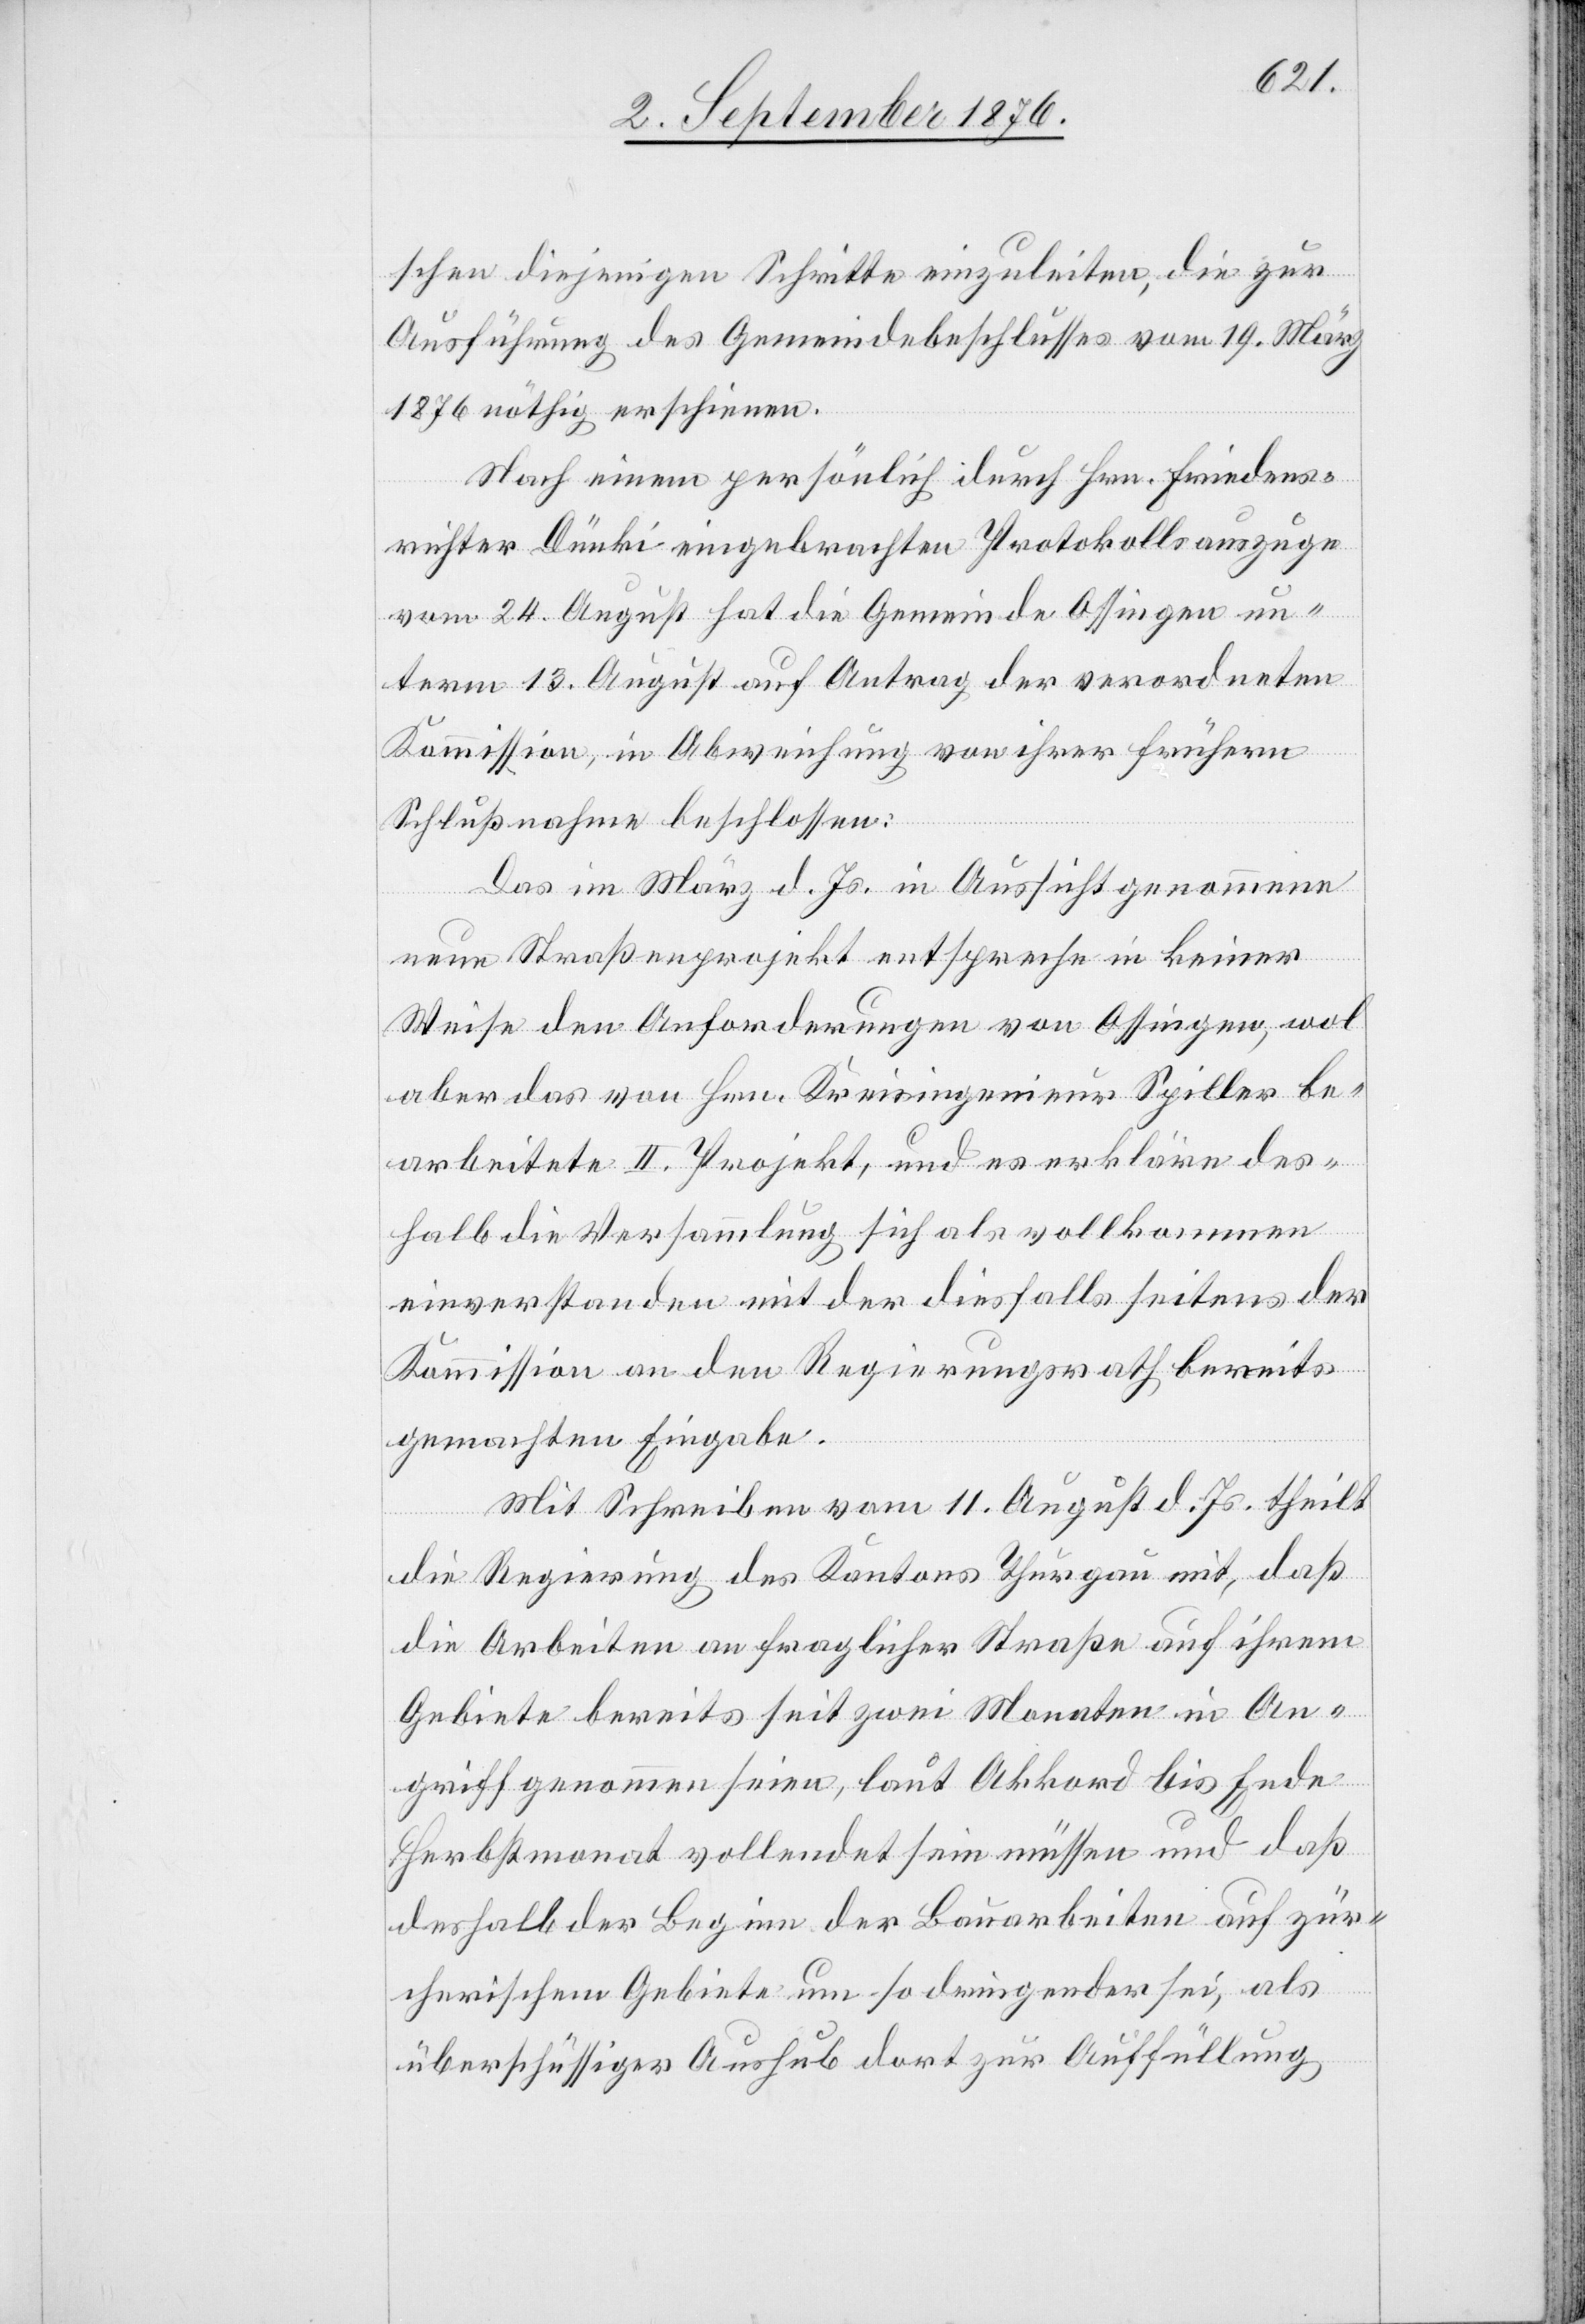
schen diejenigen Schritte einzuleiten, die zur
Ausführung des Gemeindebeschlußes vom 19. März
1876 nöthig erscheinen.
Nach einem persönlich durch Hrn. Friedens¬
richter Dünki eingebrachten Protokollauszug
vom 24. August hat die Gemeinde Ossingen un¬
term 13. August auf Antrag der verordneten
Kommission, in Abweichung von ihrer frühern
Schlußnahme beschlossen:
Das im März d. Js. in Aussicht genommene
neue Straßenprojekt entspreche in keiner
Weise den Anforderungen von Ossingen, wol
aber das von Hrn. Kreisingenieur Spiller be¬
arbeitete II. Projekt, und es erkläre des¬
halb die Versammlung sich als vollkommen
einverstanden mit der dießfalls seitens der
Kommission an den Regierungsrath bereits
gemachten Eingabe.
Mit Schreiben vom 11. August d. Js. theilt
die Regierung des Kantons Thurgau mit, daß
die Arbeiten an fraglicher Straße auf ihrem
Gebiete bereits seit zwei Monaten in An¬
griff genommen seien, laut Akkord bis Ende
Herbstmonat vollendet sein müssen und daß
deshalb der Beginn der Bauarbeiten auf zür¬
cherischem Gebiete um so dringender sei, als
überschüssiger Aushub dort zur Auffüllung